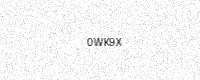
Text: 0WK9X